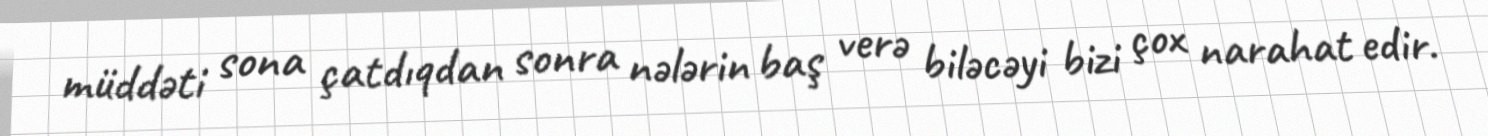
müddəti sona çatdıqdan sonra nələrin baş verə biləcəyi bizi çox narahat edir.